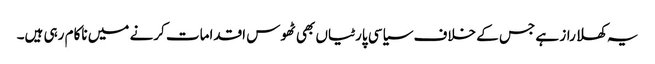
یہ کھلا راز ہے جس کے خلاف سیاسی پارٹیاں بھی ٹھوس اقدامات کرنے میں ناکام رہی ہیں۔